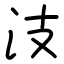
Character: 汥